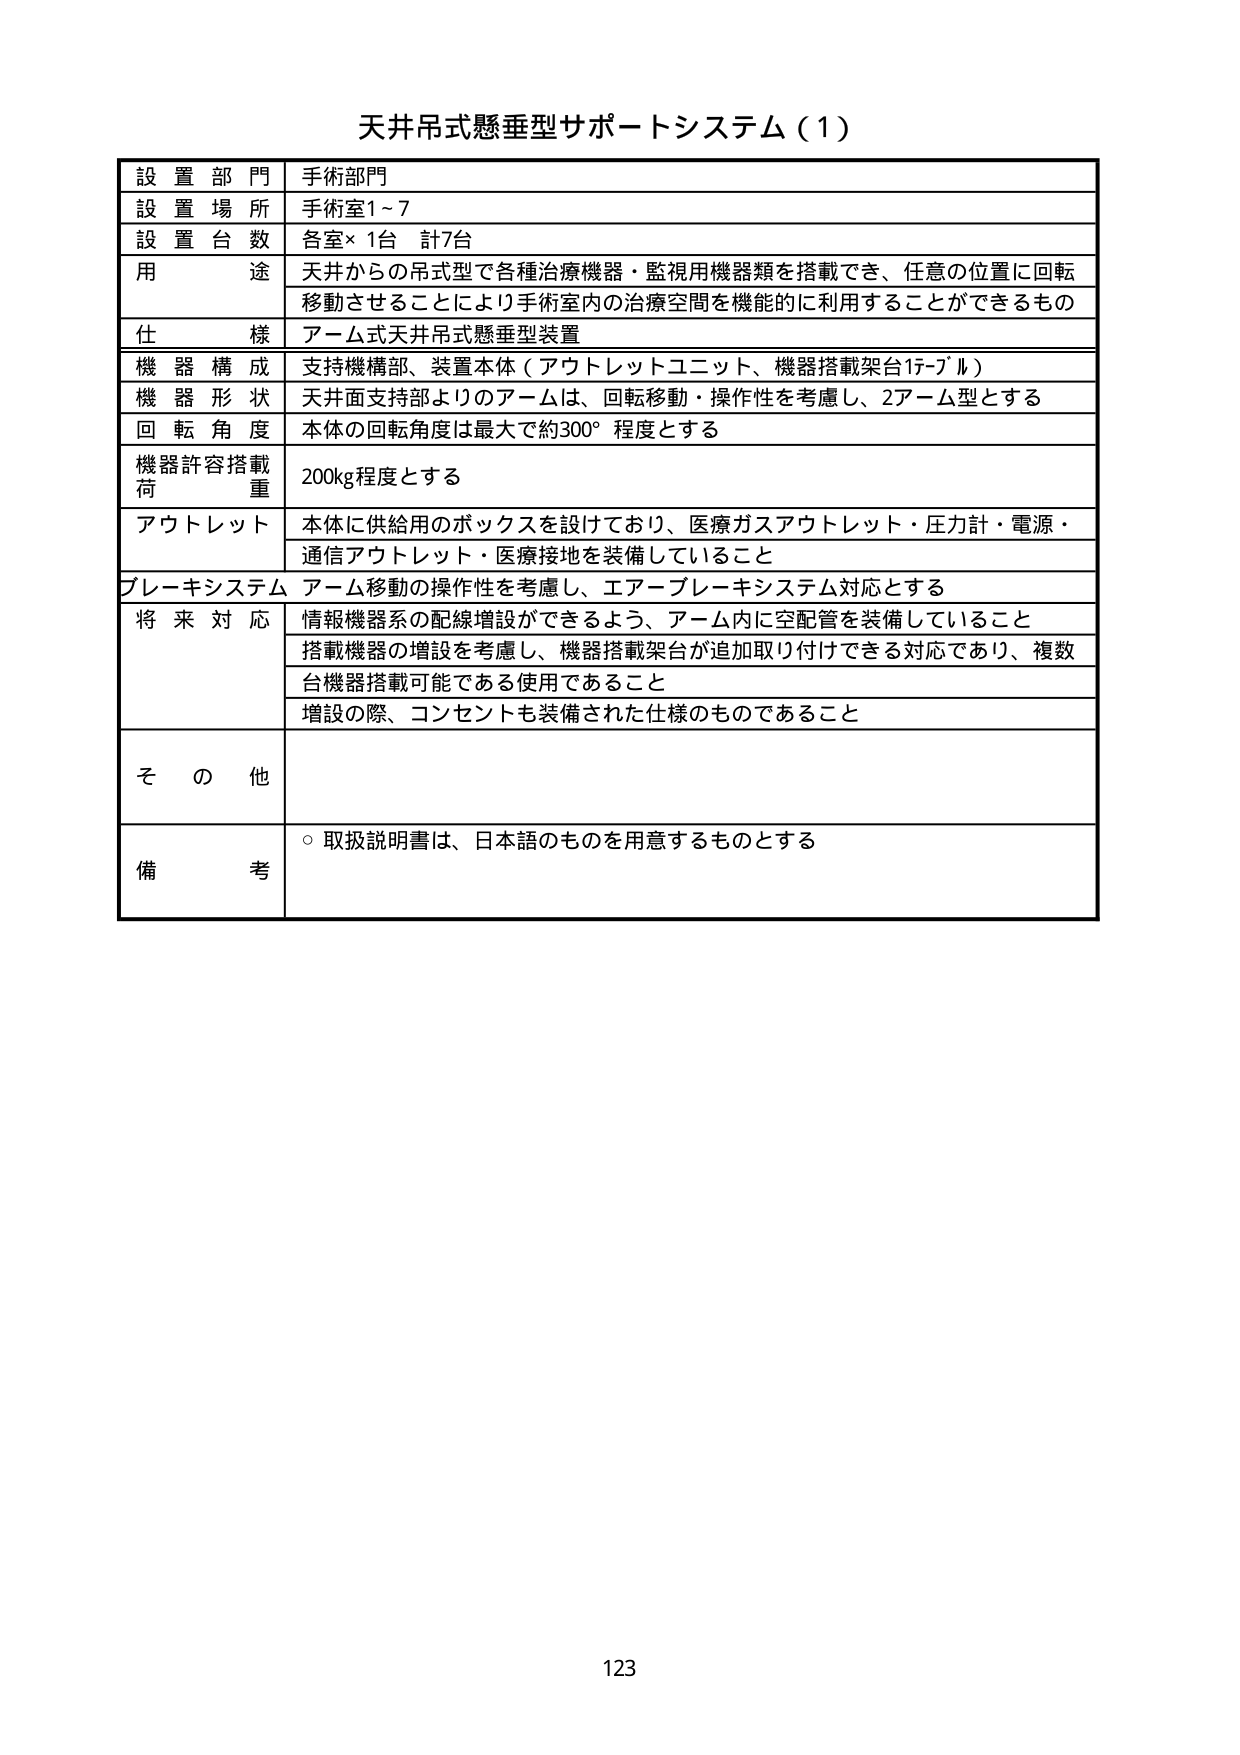
天井吊式懸垂型サポートシステム（1）

設置部門　手術部門
設置場所　手術室1～7
設置台数　各室×1台　計7台
用途　天井からの吊式型で各種治療機器・監視用機器類を搭載でき、任意の位置に回転移動させることにより手術室内の治療空間を機能的に利用することができるもの
仕様　アーム式天井吊式懸垂型装置
機器構成　支持機構部、装置本体（アウトレットユニット、機器搭載架台17-7ル）
機器形状　天井面支持部よりのアームは、回転移動・操作性を考慮し、2アーム型とする
回転角度　本体の回転角度は最大で約300°程度とする
機器許容搭載荷重　200kg程度とする
アウトレット　本体に供給用のボックスを設けており、医療ガスアウトレット・圧力計・電源・通信アウトレット・医療接地を装備していること
ブレーキシステム　アーム移動の操作性を考慮し、エアーブレーキシステム対応とする
将来対応　情報機器系の配線増設ができるよう、アーム内に空配管を装備していること
　　　　　搭載機器の増設を考慮し、機器搭載架台が追加取り付けできる対応であり、複数台機器搭載可能である使用であること
　　　　　増設の際、コンセントも装備された仕様のものであること
その他
備考　○取扱説明書は、日本語のものを用意するものとする

123